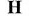
H